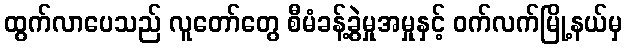
ထွက်လာပေသည် လူတော်တွေ စီမံခန့်ခွဲမှုအမှုနှင့် ဝက်လက်မြို့နယ်မှ